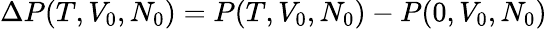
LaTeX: \Delta P(T,V_{0},N_{0})=P(T,V_{0},N_{0})-P(0,V_{0},N_{0})